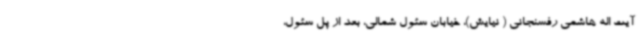
آیت اله هاشمی رفسنجانی ( نیایش)، خیابان سئول شمالی، بعد از پل سئول،